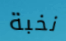
نخبة